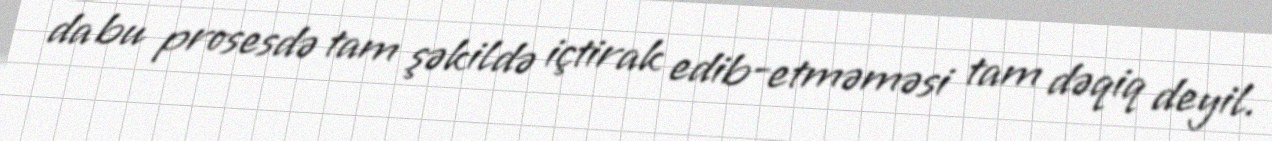
da bu prosesdə tam şəkildə içtirak edib-etməməsi tam dəqiq deyil.